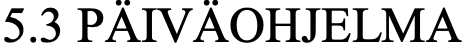
5.3 PÄIVÄOHJELMA